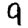
Digit: 9